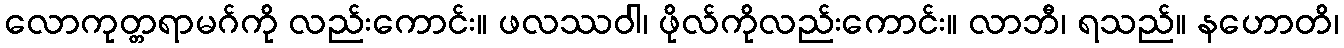
လောကုတ္တရာမဂ်ကို လည်းကောင်း။ ဖလဿဝါ၊ ဖိုလ်ကိုလည်းကောင်း။ လာဘီ၊ ရသည်။ နဟောတိ၊